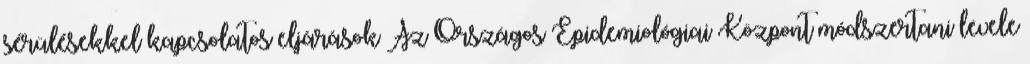
sérülésekkel kapcsolatos eljárások Az Országos Epidemiológiai Központ módszertani levele